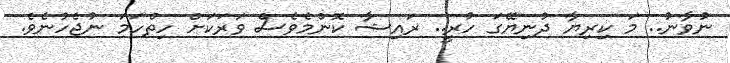
ނުވާނު.. މަ ކިރިޔާ ދުނިޔޭގަ ހުރީ.. ރައިޝާ ކޮންމެެވެެސް ވަރަކަށް ހިތްހަމަ ނުޖެހުނެވެ.